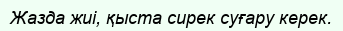
Жазда жиі, қыста сирек суғару керек.